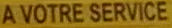
A VOTRE SERVICE